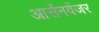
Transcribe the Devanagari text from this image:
आर्सेनवेंजर